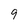
Character: 9